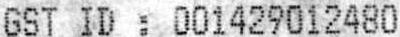
GST ID : 001429012480